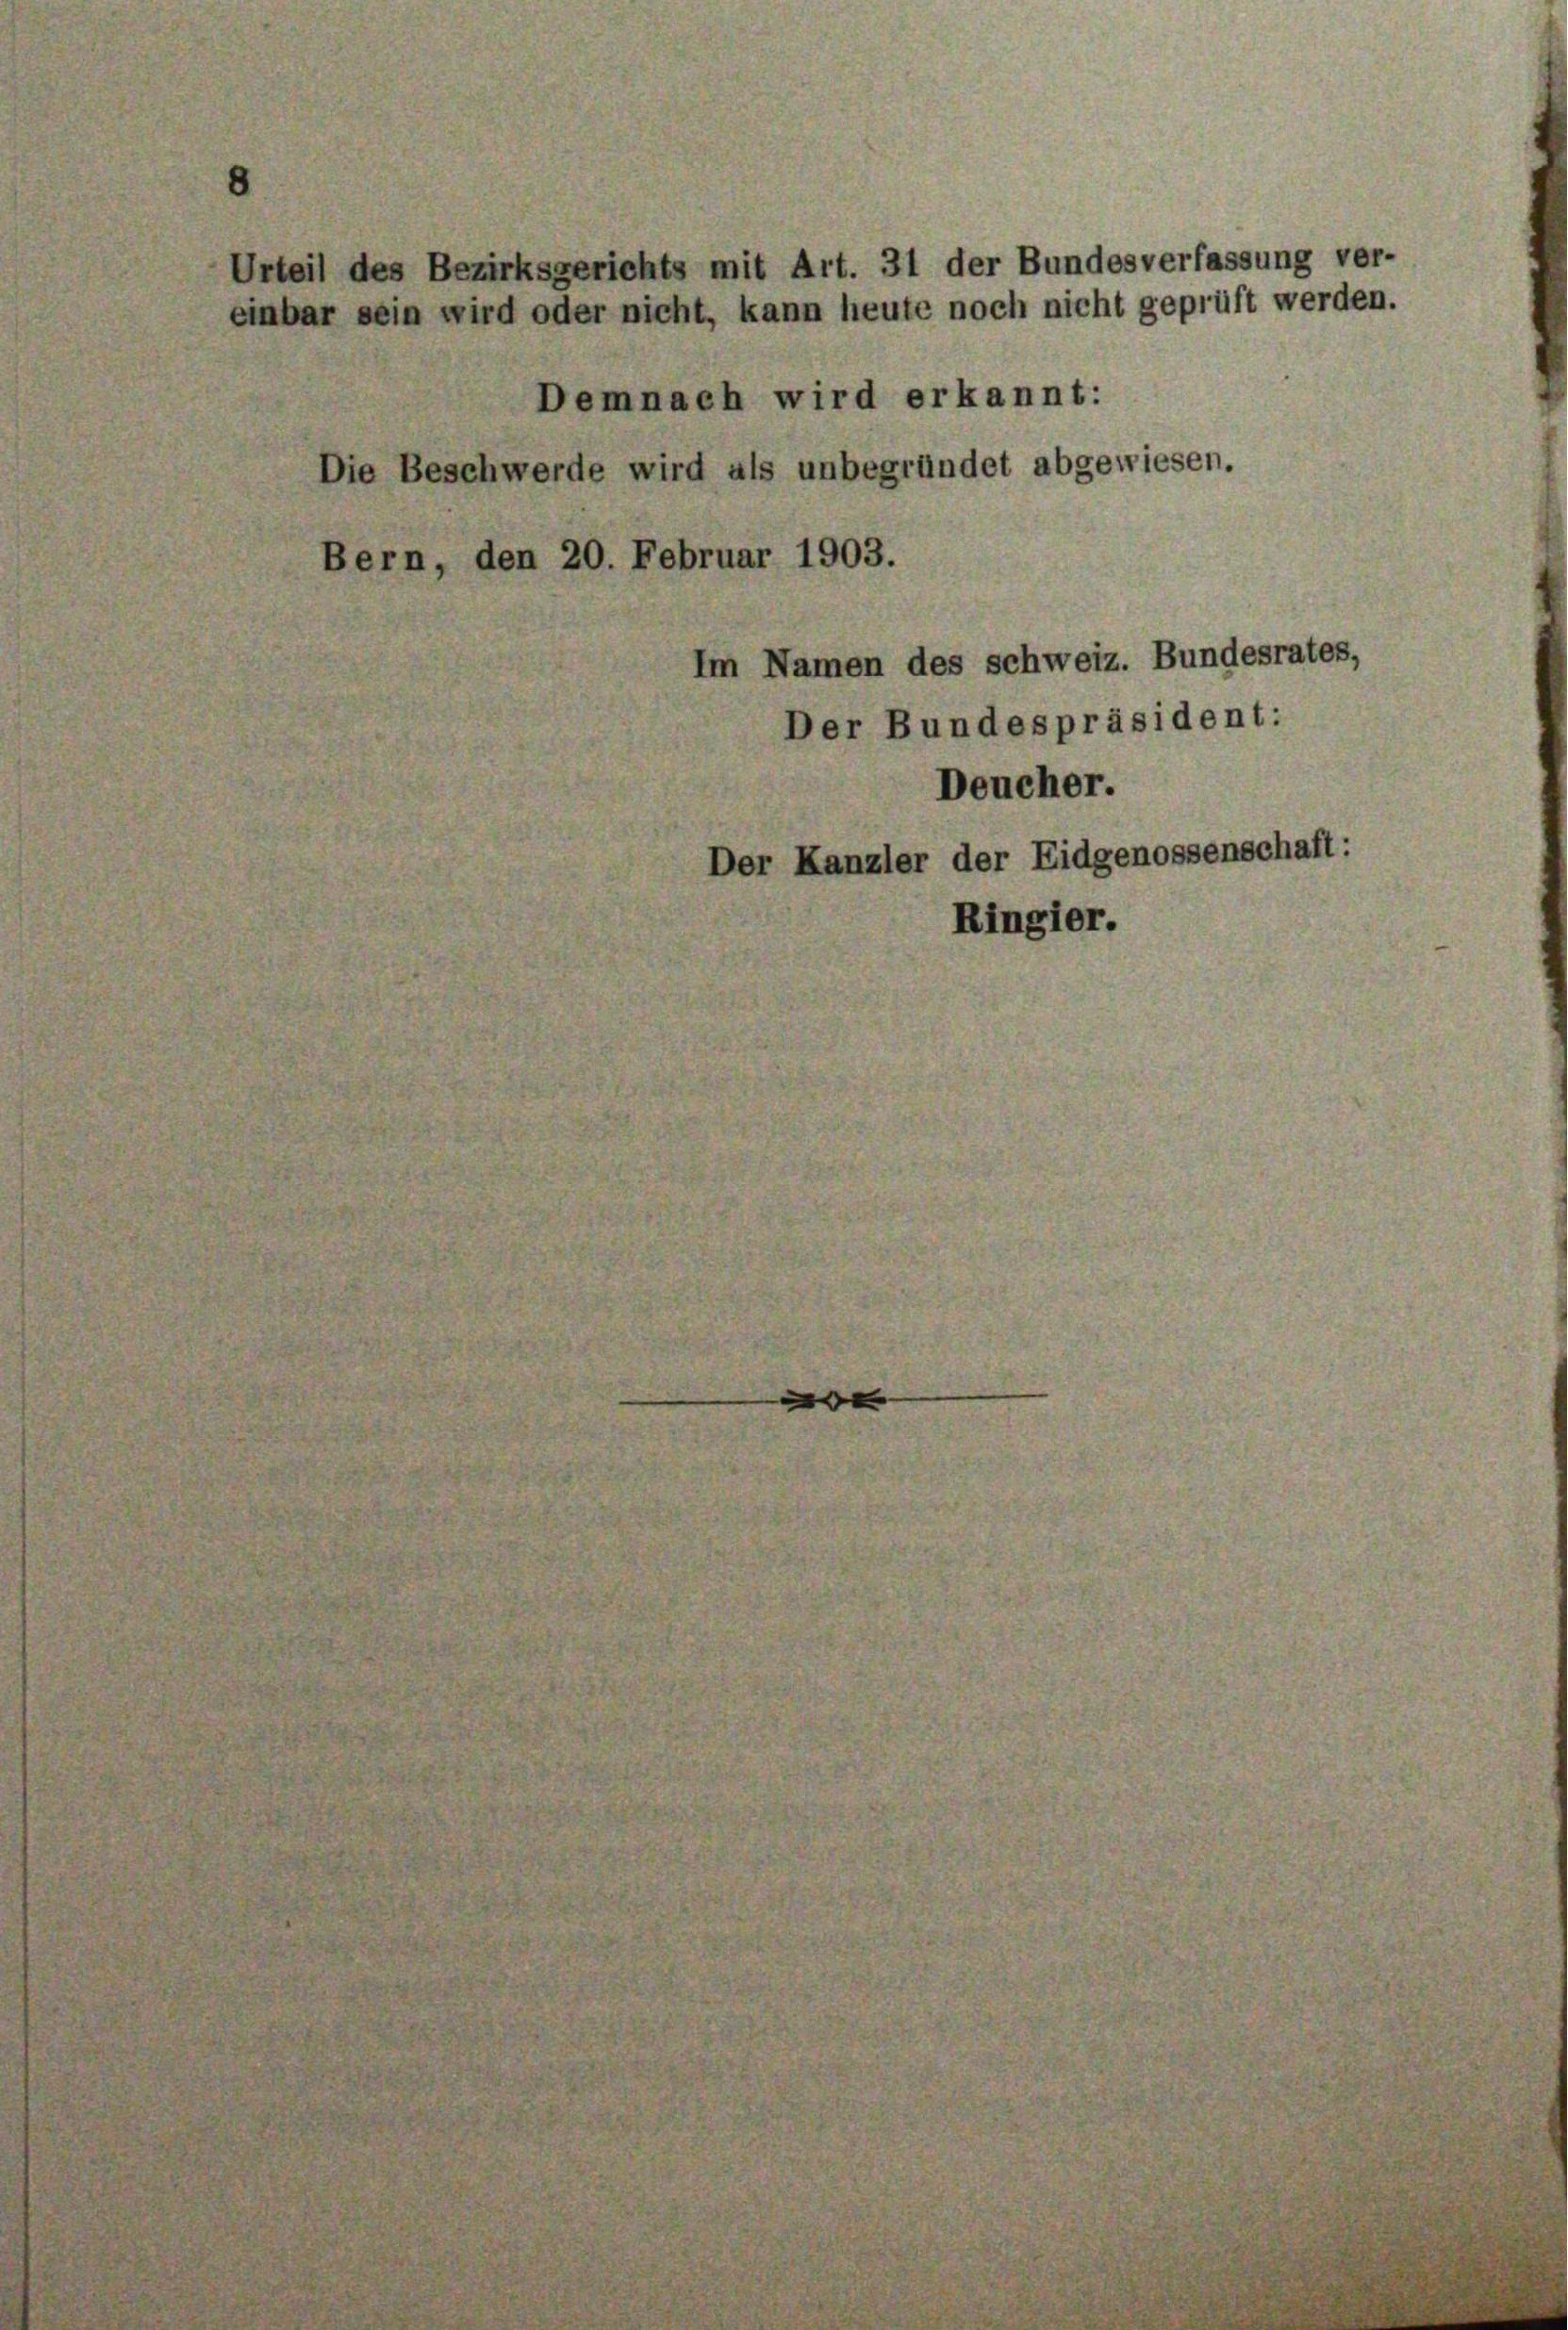
Urteil des Bezirksgerichts mit Art. 31 der Bundesverfassung ver-
einbar sein wird oder nicht, kann heute noch nicht geprüft werden.
Demnach wird erkannt:
Die Beschwerde wird als unbegründet abgewiesen.
Bern, den 20. Februar 1903.

m Namen des schweiz. Bundesrates,
Der Bundespräsident:
Deucher.
der Kanzler der Eidgenossen
Ringier.

schaft: